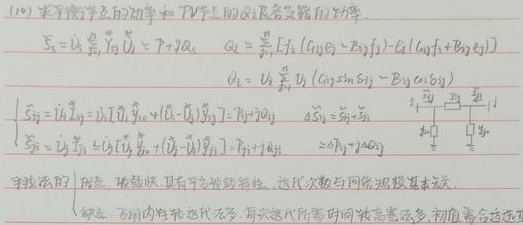
(10) 求数学上的功率和 P - T 上的 Q - R 支路的功率。

\[
\begin{align*}
\xi_{0}&=u_{i}\sum_{j = 1}^{n}u_{j}=P + jQ_{c}\\
Q_{b}&=\sum_{i = 1}^{n}[I_{i}(G_{ij}B_{ij}-B_{ij}f_{ij})-G_{ij}(f_{ij}B_{ij}+B_{ij}f_{ij})]\\
Q_{b}&=u_{i}\sum_{j = 1}^{n}u_{j}(G_{ij}\sin\delta_{ij}-B_{ij}\cos\delta_{ij})
\end{align*}
\]

\[
\begin{cases}
\xi_{ij}=i_{ij}u_{ij}=i_{1}u_{1}\xi_{01}+(i_{2}-i_{1})\xi_{02}=P_{ij}+jQ_{ij}\\
\xi_{ij}=u_{i}\sum_{j = 1}^{n}u_{j}+(u_{j}-u_{i})\sum_{k = 1}^{n}u_{k}=P_{ij}+jQ_{ij}
\end{cases}
\]

手算法的优点：收敛快，具有平方收敛特性，迭代次数与网络规模基本无关。缺点：矩阵内特性迭代次数多，每次迭代所需时间较高，需较多内存，复杂系统适应性差。